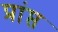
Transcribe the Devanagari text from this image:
प्रांप्त